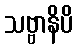
သဗ္ဗာနိပိ